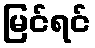
မြင်ရင်